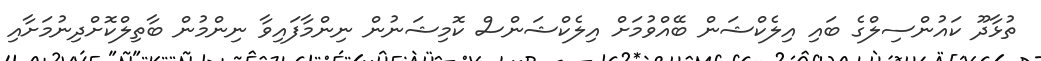
ތުޅާދޫ ކައުންސިލްގެ ބައި އިލެކްޝަން ބޭއްވުމަށް އިލެކްޝަންސް ކޮމިޝަނުން ނިންމާފައިވާ ނިންމުން ބާތިލްކޮށްދިނުމަށާއި